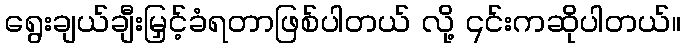
ရွေးချယ်ချီးမြှင့်ခံရတာဖြစ်ပါတယ် လို့ ၎င်းကဆိုပါတယ်။